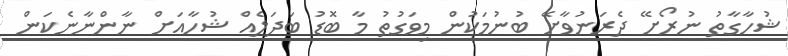
ޝުހާގާތު ނުރޯށޭ ދެރަނުވާށޭ ބުނުމަކުން މިވަގުތު މާ ބޮޑު ބަދަލެއް ޝުހާއަށް ނާންނާނެކަން